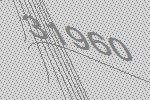
31960